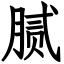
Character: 腻